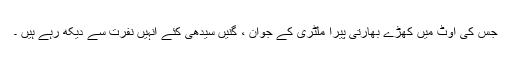
جس کی اوٹ میں کھڑے بھارتی پیرا ملٹری کے جوان ، گنیں سیدھی کئے انہیں نفرت سے دیکھ رہے ہیں ۔